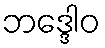
ဘဒ္ဒေါဝ